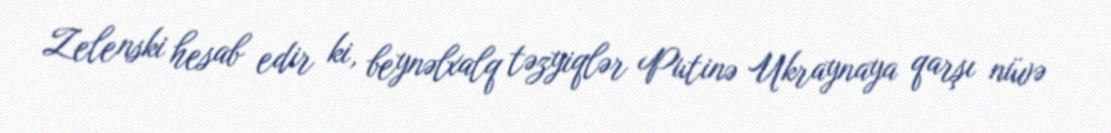
Zelenski hesab edir ki, beynəlxalq təzyiqlər Putinə Ukraynaya qarşı nüvə